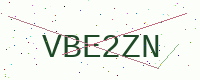
Text: VBE2ZN